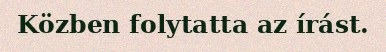
Közben folytatta az írást.